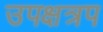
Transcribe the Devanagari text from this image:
उपक्षत्रप